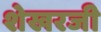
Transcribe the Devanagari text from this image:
शेखरजी